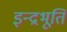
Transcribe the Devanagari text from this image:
इन्द्रभूति